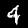
Digit: 4